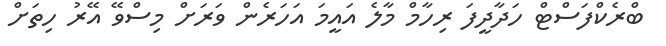
ބްރެކްފަސްޓް ހަދާދީފަ ރިހާމް މާލެ އައީމަ އަހަރެން ވަރަށް މިސްވޭ އޭރު ހިތަށް